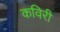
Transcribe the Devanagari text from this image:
कविरी